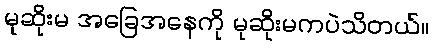
မုဆိုးမ အခြေအနေကို မုဆိုးမကပဲသိတယ်။